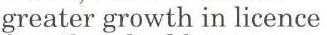
greater growth in licence